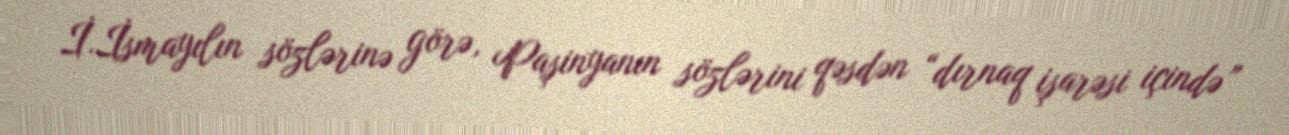
İ.İsmayılın sözlərinə görə, Paşinyanın sözlərini qəsdən “dırnaq işarəsi içində”